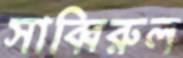
সাব্বিরুল